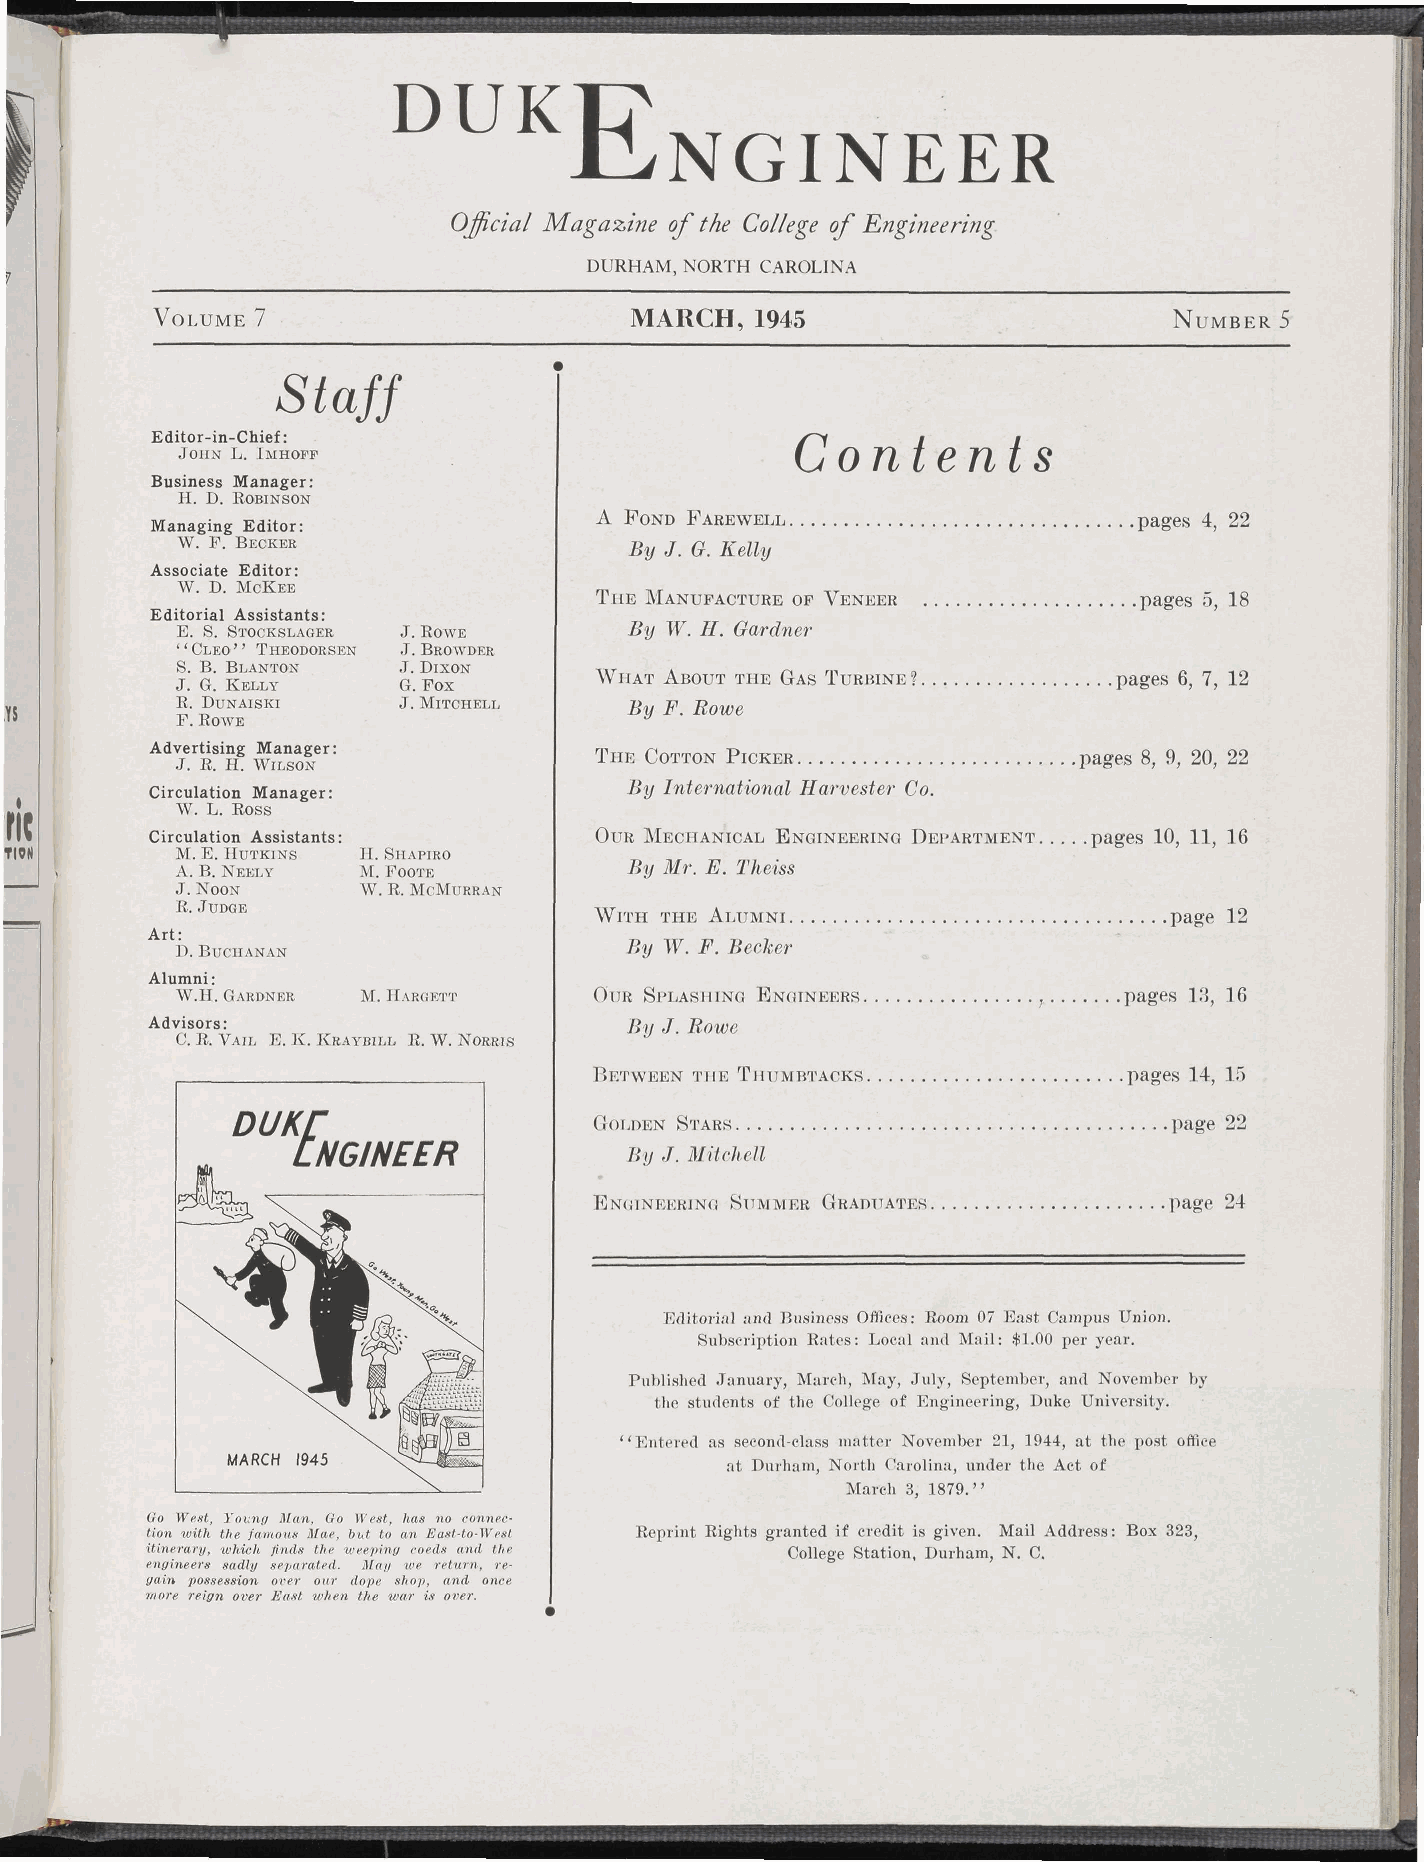
DUKT?
 T
 E   N   G    I N    E   ER
 Official Magazine of the College of Engineering.
 DURHAM, NORTH CAROLINA
 VOLUME 7                        MARCH,  1945                        NUMBER 5
 Staff
 Editor-in-Chief:                           Contents
 JOHN L. IMHOFF
 Business Manager:
 H. D. ROBINSON
 Managing Editor:             A FOND FAREWELL                     pages 4, 22
 W. F. BECKER                  By J. G. Kelly
 Associate Editor:
 W. D. MCKEE
 THE MANUFACTURE OP VENEER           pages 5, 18
 Editorial Assistants:
 E. S. STOCKSLAGER J. ROWE     By W. H. Gardner
 "CLEO" THEODORSEN J. BROWDER
 S. B. BLANTON J. DIXON
 J. G. KELLY   G. Fox       WHAT ABOUT THE GAS TURBINE ?      pages 6, 7, 12
 R. DUNAISKI   J. MITCHELL     By F. Rowe
 F. ROWE
 Advertising Manager:
 THE COTTON PICKER               pages 8, 9, 20, 22
 J. R. H. WILSON
 Circulation Manager:           By International Harvester Co.
 W. L. Ross
 Circulation Assistants:      OUR MECHANICAL ENGINEERING DEPARTMENT pages 10, 11, 16
 M. E. HUTKINS H. SHAPIRO
 A. B. NEELY M. FOOTE          By Mr. E. Theiss
 J. NOON     W. R. MCMURRAN
 R. JUDGE
 WITH THE ALUMNI                       page 12
 Art:
 By W. F. Becker
 D. BUCHANAN
 Alumni:
 W.H. GARDNER M. HARGETT    OUR SPLASHING ENGINEERS      h     pages 13, 16
 Advisors:
 By J. Rowe
 C. R. VAIL E. K. KRAYBILL R. W. NORRIS
 BETWEEN THE THUMBTACKS             pages 14, 15
 DUKC
 GOLDEN STARS                          page 22
 LAN GINEER
 By J. Mitchell
 ENGINEERING SUMMER GRADUATES          page 24
 Editorial and Business Offices: Room 07 East Campus Union.
 Subscription Rates: Local and Mail: $1.00 per year.
 Published January, March, May, July, September, and November by
 the students of the College of Engineering, Duke University.
 "Entered as second-class matter November 21, 1944, at the post office
 MARCH 1945                       at Durham, North Carolina, under the Act of
 March 3, 1879."
 Go West, Young Man, Go West, has no connec
 tion with the famous Mae, but to an East-to-West Reprint Rights granted if credit is given. Mail Address: Box 323,
 itinerary, which finds the weeping coeds and the College Station, Durham, N. C.
 engineers sadly separated. May we return, re
 gain possession over our dope shop, and once
 more reign over East when the war is over.